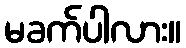
မခက်ပါလား။